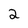
Character: 2